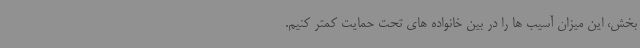
بخش، این میزان آسیب ها را در بین خانواده های تحت حمایت کمتر کنیم.